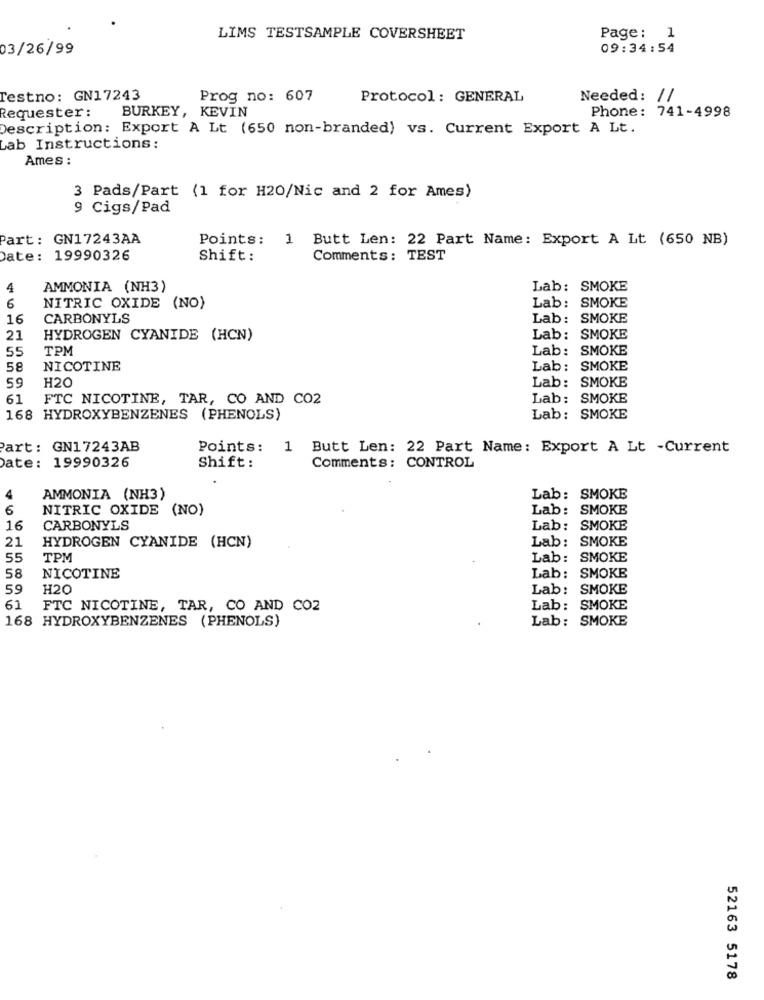
LIMS TESTSAMPLE COVERSHEET
Page: 1
03/26/99
09:34:54
Testno: GN17243
Prog no: 607
Protocol : GENERAL
Needed: //
Requester:
Phone: 741-4998
BURKEY, KEVIN
Description: Export A Lt (650 non-branded) vs. Current Export A Lt.
Lab Instructions:
Ames :
3 Pads/Part (1 for H20/Nic and 2 for Ames)
9 Cigs/Pad
Part: GN17243AA
Points: 1 Butt Len: 22 Part Name: Export A Lt (650 NB)
Date: 19990326
Shift:
Comments: TEST
4
AMMONIA (NH3)
Lab: SMOKE
6
NITRIC OXIDE (NO)
Lab: SMOKE
16
CARBONYLS
Lab: SMOKE
21
HYDROGEN CYANIDE (HCN)
Lab: SMOKE
55
TPM
Lab: SMOKE
58
NICOTINE
Lab:
SMOKE
59
Lab:
SMOKE
H20
61
FTC NICOTINE, TAR, CO AND CO2
Lab: SMOKE
168 HYDROXYBENZENES (PHENOLS)
Lab: SMOKE
art: GN17243AB
Points:
1 Butt Len: 22 Part Name: Export A Lt -Current
Date: 19990326
Shift:
Comments: CONTROL
4
AMMONIA (NH3)
Lab: SMOKE
6
NITRIC OXIDE (NO)
Lab: SMOKE
16
CARBONYLS
Lab: SMOKE
21
Lab: SMOKE
HYDROGEN CYANIDE (HCN)
55
TPM
Lab: SMOKE
58
NICOTINE
Lab: SMOKE
59
H20
Lab: SMOKE
61
FTC NICOTINE, TAR, CO AND CO2
Lab: SMOKE
168 HYDROXYBENZENES (PHENOLS)
Lab: SMOKE
52163 5178